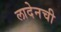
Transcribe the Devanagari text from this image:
लादेनची